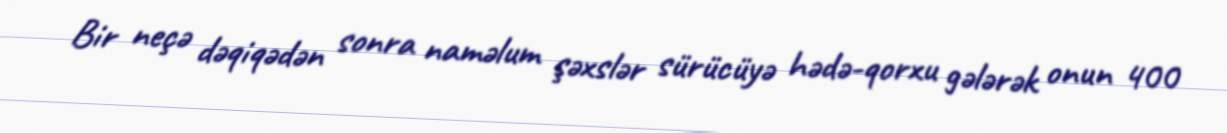
Bir neçə dəqiqədən sonra naməlum şəxslər sürücüyə hədə-qorxu gələrək onun 400